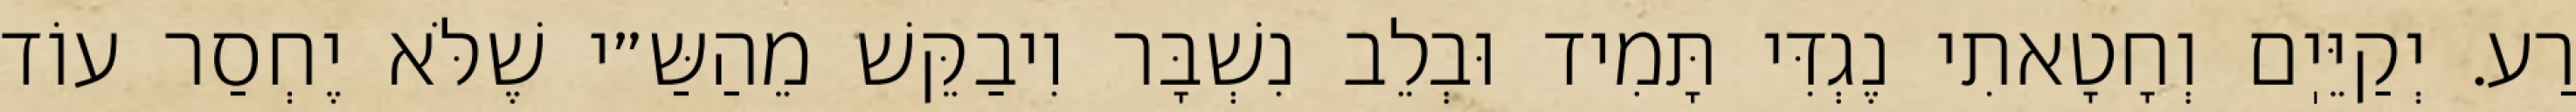
רַע. יְקַיֵּיֽם וְחָטָאתִי נֶגְדִּי תָּמִיד וּבְלֵב נִשְׁבָּר וִיבַקֵּשׁ מֵהַשַּ״י שֶׁלֹּא יֶחְסַר עוֹד